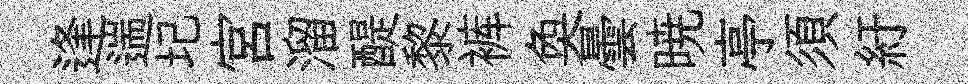
逢遄圮宫溜醍黎裤奐曇暁亭須紆